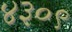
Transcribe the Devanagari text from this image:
४३०९